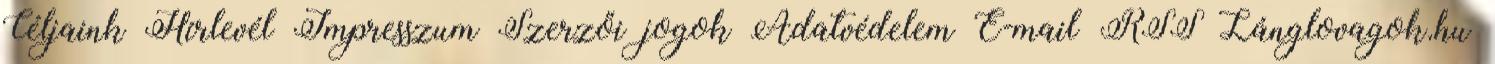
Céljaink Hírlevél Impresszum Szerzői jogok Adatvédelem E-mail RSS Lánglovagok.hu